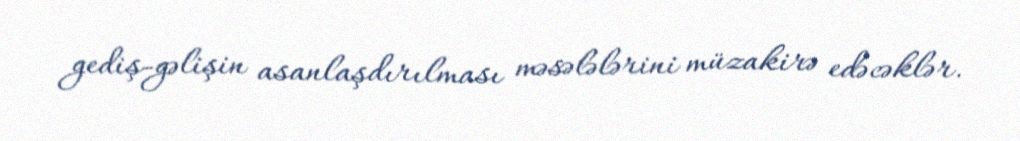
gediş-gəlişin asanlaşdırılması məsələlərini müzakirə edəcəklər.